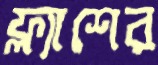
ফ্ল্যাশের